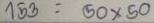
153 = 50 x 50